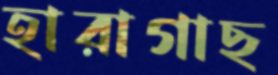
হারাগাছ